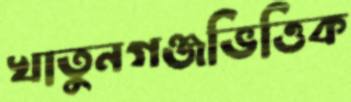
খাতুনগঞ্জভিত্তিক